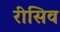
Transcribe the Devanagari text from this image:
रीसिव